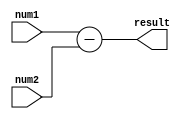
module subtractor (
    input wire signed [15:0] num1,
    input wire signed [15:0] num2,
    output wire signed [15:0] result
);

assign result = num1 - num2;

endmodule